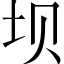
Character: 坝